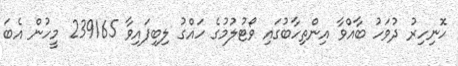
ހޮނިހިރު ދުވަހު ބާއްވާ އިންތިހާބުގައި ވޯޓުލުމުގެ ހައްގު ލިބިފައިވާ 239165 މީހުން އެބަ